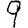
Digit: 9